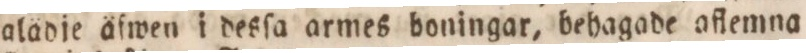
alädje äfwen i desſa armes boningar, behagade aflemna